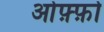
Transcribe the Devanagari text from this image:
ओफ़्फ़ो